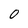
Character: O